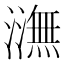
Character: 㶃